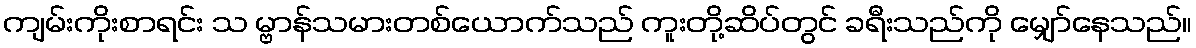
ကျမ်းကိုးစာရင်း သ မ္ဗာန်သမားတစ်ယောက်သည် ကူးတို့ဆိပ်တွင် ခရီးသည်ကို မျှော်နေသည်။